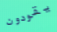
يقودون